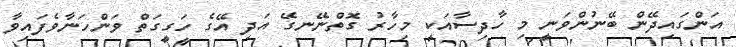
އަންގައިދޭން ބޭނުންވަނީ މި ހާދިސާއަކީ މިހާރު ގޮތްނޭނގޭ އަދި އޭގެ ހަގީގަތް ވަންހަނާވެފައިވާ